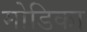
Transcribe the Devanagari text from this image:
मोडिका